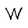
Character: W